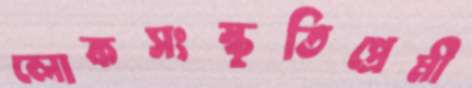
লোকসংস্কৃতিপ্রেমী